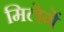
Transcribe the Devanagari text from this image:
मिलेगें